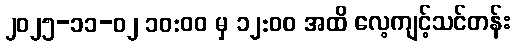
၂၀၂၅-၁၁-၀၂ ၁၀:၀၀ မှ ၁၂:၀၀ အထိ လေ့ကျင့်သင်တန်း